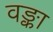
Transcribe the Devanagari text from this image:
वङ्का